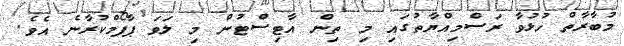
މުބާރާތް ހުޅުވާ ރަސްމިއްޔާތުގައި މި ތިން އާޓިސްޓުން މި ލަވަ ޕާފޯމްކުރާނެ އެވެ.